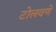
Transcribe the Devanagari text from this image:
टोलवणे